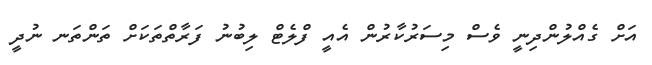
އަށް ގެއްލުންދިނީ ވެސް މިސަރުކާރުން އެއީ ފްލެޓް ލިބުނު ފަރާތްތަކަށް ތަންތަނ ނުދީ